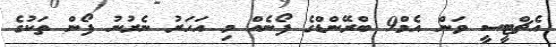
އެޗްޓީސީ ވަން އެމް9 ބްރޭންޑްގެ ފޯނެއް މި އަހަރު ނެރުނު ފޯން ތަކުގެ